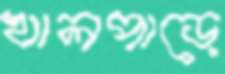
খালপাড়ে